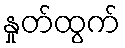
နှုတ်ထွက်